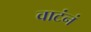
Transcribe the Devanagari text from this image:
वाटंनं